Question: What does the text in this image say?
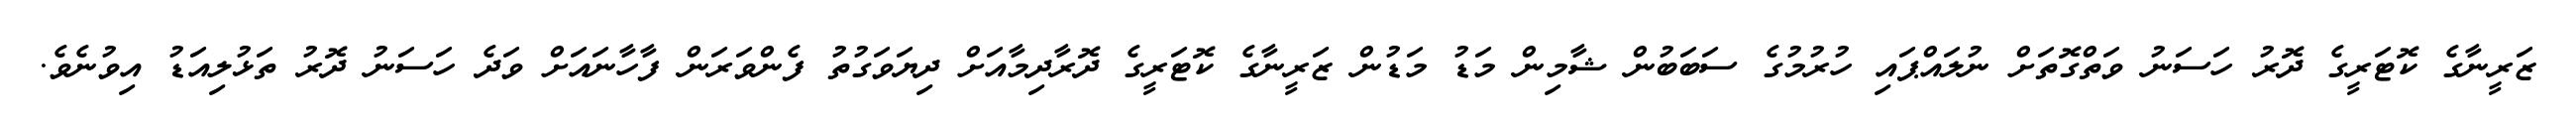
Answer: ޒަރީނާގެ ކޮޓަރީގެ ދޮރު ހަސަނު ވަތްގޮތަށް ނުލައްޕައި ހުރުމުގެ ސަބަބުން ޝާމިން މަޑު މަޑުން ޒަރީނާގެ ކޮޓަރީގެ ދޮރާދިމާއަށް ދިޔަވަގުތު ފެންވަރަން ފާހާނައަށް ވަދެ ހަސަނު ދޮރު ތަޅުލިއަޑު އިވުނެވެ.